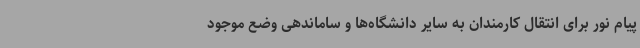
پیام نور برای انتقال کارمندان به سایر دانشگاه‌ها و ساماندهی وضع موجود